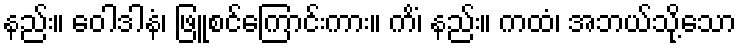
နည်း။ ဝေါဒါနံ၊ ဖြူစင်ကြောင်းကား။ ကိံ၊ နည်း။ ကထံ၊ အဘယ်သို့သော